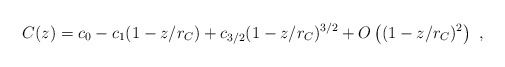
\begin{align*}C(z) = c_0 - c_1 (1- z/r_C) + c_{3/2} (1-z/r_C)^{3/2} + O\left( (1-z/r_C)^2 \right)~,\end{align*}